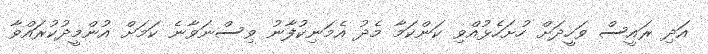
އަދި ރައީސް ވަހީދަށް ހުށަހެޅުއްވި ކަންކަމާ މެދު އެމަނިކުފާނު ވިސްނަވާނެ ކަމަށް އުންމީދުކުރައްވާ